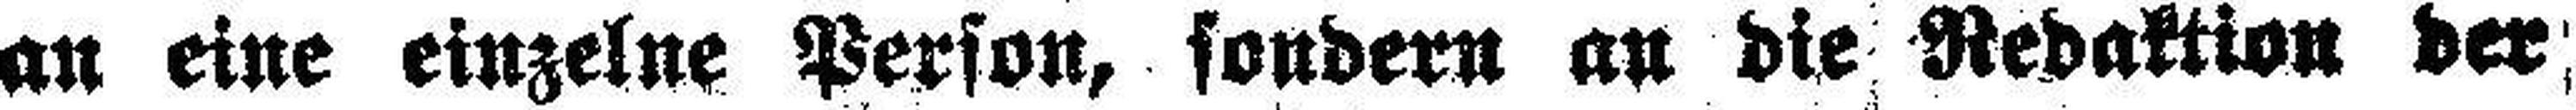
an eine einzelne Person, sondern an die Redaktion der